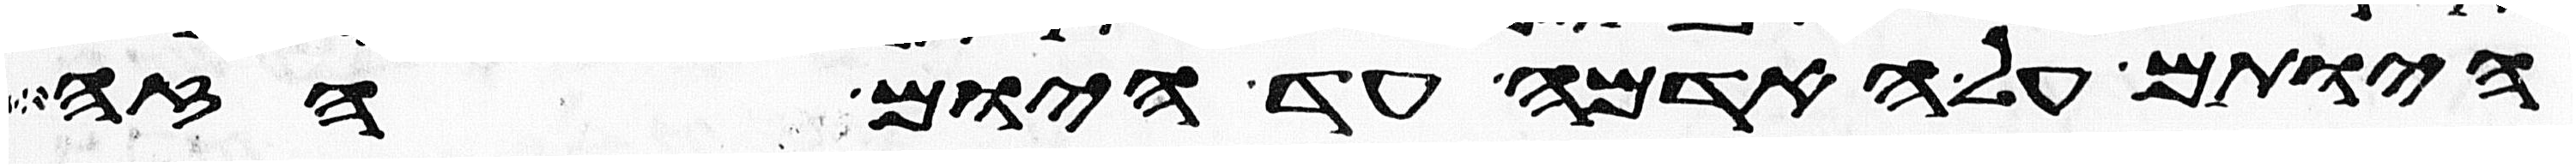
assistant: היותם על האדמה עד היום הזה